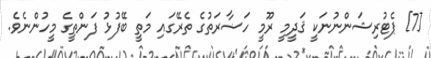
[7] ޕެޓުރިޝަންނުނަކީ ޤަދީމީ ރޫމީ ހަޟާރަތުގެ ތެރޭގައި މަތީ ބޭފުޅު ފަންތީގެ މީހުންނެވެ.